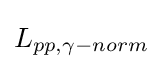
L_{pp,\gamma -norm}